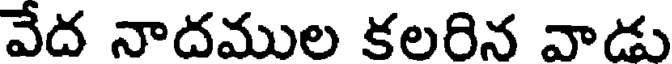
వేద నాదముల కలరిన వాడు